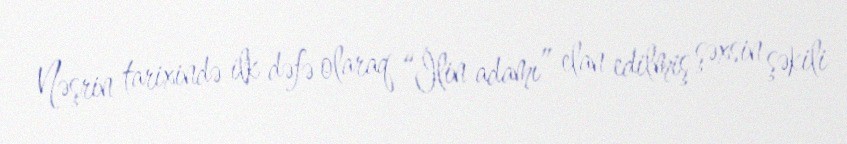
Nəşrin tarixində ilk dəfə olaraq “İlin adamı” elan edilmiş şəxsin şəkili